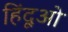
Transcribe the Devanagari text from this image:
हिंदूओ